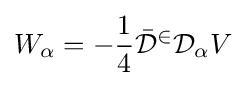
W_{\alpha }=-{\frac {1}{4}}{\mathcal {{\bar {D}}^{2}}}{\mathcal {D}}_{\alpha }V